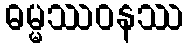
ဓမ္မဿဝနဿ